Calcutta medical institutions reports 1892-1900
Year: 1892
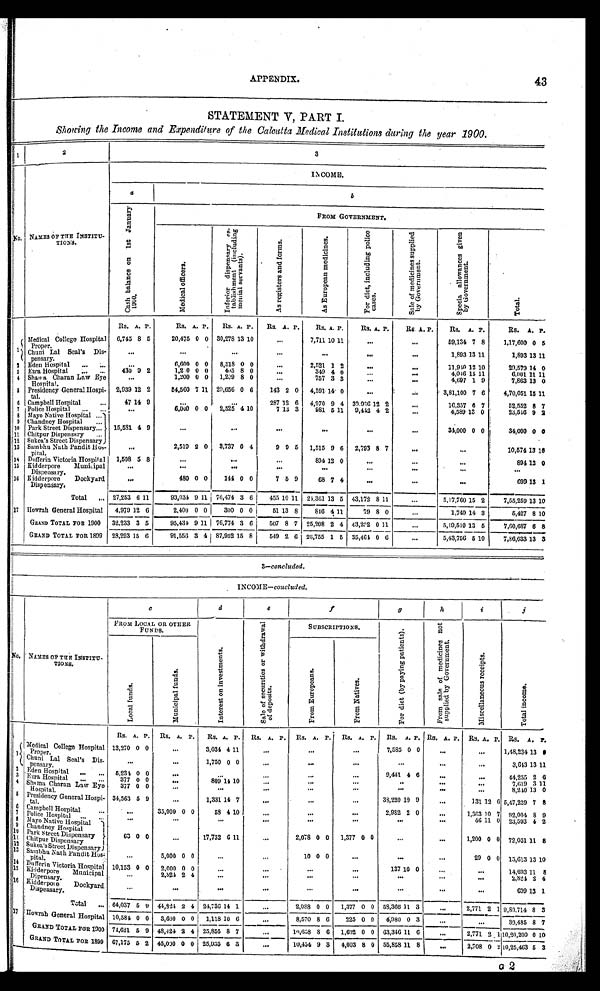
APPENDIX.
43
STATEMENT V, PART I.
Showing the Income and Expenditure of the Calcutta Medical Institutions during the year 1900.
1 2
3
No.
NAMES OF THE INSTITU-
TIONS.
INCOME.
a
b
C a s h b a l a n c e o n 1 s t J a n u a r y 1 9 0 0 .
FROM GOVERNMENT.
M e d i c a l o f f i c e r s .
I n f e r i o r d i s p e n s a r y e s - t a b l i s h m e n t ( i n c l u d i n g m e n t a l s e r v a n t s ) .
A s r e g i s t e r e d a n d f o r m s .
A s E u r o p e a n m e d i c i n e s .
F o r d i c t , i n c l u d i n g p o l i c e c a s e s .
S a l e o f m e d i c i n e s s u p p l i e d b y G o v e r n m e n t .
S p e c i a a l l o w a n c e g i v e n b y G o v e r n m e n t .
Total.
Rs. A. P.
Rs. A. P. Rs. A. P. Rs. A. P. Rs. A. P.
Rs. A. P.
Rs A. P.
Rs. A. P.
Rs. A. P.
1 Medical College Hospital Proper. 6,745 8 5
20,475 0 0 30,278 13 10
...
7,711 10 11
...
...
59,134 7 8
1,17,600 0 5
Chuni Lal Seal's Dis-pensary
...
...
...
...
...
...
...
1,893 13 11
1,893 13 11
2
Eden Hospital
...
6,600 0 0 8,518 0 0
...
2,521 1 2
...
...
11,940 12 10
29,573 14 0
3 Ezra Hospital
430 9 2
1,2 0 0 0
405 8 0
...
349 4 0
...
...
4,046 15 11
6,001 11 11
4 Shama Charan Law Eye Hospital.
...
1,200 0 0 1,209 8 0
...
757 3 3
...
...
4,697 1 9
7,863 13 0
5 Presidency General Hospi-tal. 2,939 12 2
54,560 7 11 29,656 0 6 143 2 0 4,591 14 0
...
...
3,81,100 7 6
4,70,051 15 11
6 Campbell Hospital
47 14 9
...
...
287 12 6 4,970 9 4 30,936 12 2
...
16,357 6 7
52,552 8 7
7 Police Hospital
...
6,000 0 0 2,525 4 10
7 13 3
981 5 11 9,442 4 2
...
4,589 13 0
23,546 9 2
8 Mayo Native Hospital
15,581 4 9
...
...
...
...
...
...
34,000 0 0
34,000 0 0
9 Chandney Hospital
10 Park Street Dispensary
11 Chitpur Dispensary
12 Sukea's Street Dispensary
12
13 Sambhu Nath Pandit Hos-
pital.
...
2,519 2 0 3,737 0 4
9 9 5 1,515 9 6 2,793 8 7
...
...
10,574 13 16
14 Dnfferin Victoria Hospital 1,508 5 8
...
...
...
894 12 0
...
...
...
894 12 0
15 Kidderpore Municipal
Dispensary
...
...
...
...
...
...
...
...
...
16 Kidderpore Dockyard
Dispensary.
...
480 0 0
144 0 0
7 5 9
68 7 4
...
...
...
699 13 1
Total
27,253 6 11
93,034 9 11 76,474 3 6
455 10 11 24,361 13 5 43,172 8 1
...
5,17,760 15 2
7,55,259 13 10
17 Howrah General Hospital 4,979 12 6
2,400 0 0
300 0 0
51 13 8
846 4 11
79 8 0
...
1,749 14 3
5,427 8 10
GRAND TOTAL FOR 1900 32,233 3 5
95,434 9 11 76,774 3 6
507 8 7 25,208 2 4 43,252 0 1
...
5,19,510 13 5
7,60,687 6 8
GRAND TOTAL FOR 1899 28,293 15 6
91,556 3 4 87,952 15 8
549 2 6 26,755 1 5 35,464 0
...
5,43,756 6 10
7,86,033 13 3
3—concluded.
INCOME—concluded.
No.
NAMES OF THE INSTITU-
TIONS.
c
d
e
f
g
h
i
j
FROM LOCAL OR OTHER
FUNDS.
I n t e r e s t o n i n v e s t m e n t s .
S a l e o f s e c u r i t e s o r w i t h d r a w a l o f d e p o s i t s .
SUBSCRIPTIONS.
F o r d i e t ( b y p a y i n g p a t i e n t s . )
F r o m s a l e o f m e d i c i n e s n o t s u p p l i e d b y G o v e r n m e n t .
M i s c e l l a n e a o u s r e c e i p t s .
T o t a l i n c o m e .
L o c a l f u n d s .
M u n i c i p a l f u n d s .
F r o m E u r o p e a n s .
F r o m n a t i v e s .
Rs. A. P. Rs. A. P. Rs. A. P. Rs. A. P. Rs. A. P.
Rs. A. P. Rs. A. P. Rs. A. P. Rs. A. P. Rs. A. P.
1 Medical College Hospital
Proper.
13,270 0 0
...
3,034 4 11.
...
...
...
7,585 0 0
...
...
1,48,234 13 9
Chuni Lal Seal's Dis-pensary.
...
...
1,750 0 0
...
...
...
...
...
...
3,643 13 11
2 Eden Hospital
5,234 0 0
...
...
...
...
...
9,441 4 6
...
...
44,255 2 6
3 Ezra Hospital
377 0 0
...
809 14 10
...
...
...
...
...
...
7,619 3 11
4 Shama Charan Law Eye
Hospital.
377 0 0
...
..
...
...
...
...
...
...
8,240 13 0
5 Presidency General Hospi-
tal.
34,563 6 9
...
1,331 14 7
...
...
...
38,220 10
...
131 12 6 5,47,239 7 8
6 Campbell Hospital
...
35,000 0 0
58 4 1 ...
...
...
2,982 2 0
...
1,363 10 7 92,004 8 9
7
P o l i c e H o s p i t a l
...
...
...
...
...
...
...
...
46 11
23,593 4 2
8 Mayo Native Hospital
63 0 0
...
17,752 6 11
...
2,078 0 0 1,377 0 0
...
...
1,200 0 0 72,051 11 8
9 Chandney Hospital
10 Park Street Dispensary
11 Chitpur Dispensary
12 Sukea's Street Dispensary
13 Sambhu Nath Pandit Hos-.
pital.
...
5,000 0 0
...
...
10 0 0
...
...
... 29 0 0 15,613 1
3 10
14 Dufferin Victoria Hospital 10,153 0 0 2,000 0 0
...
...
...
...
137 10 0
...
...
14,693 11 8
15
Kidderpore Municipal
Dipensary.
...
2,824 2 4
...
...
...
...
...
...
...
2,824 2 4
16 Kidderpore Dockyard
Dispensary.
...
...
...
...
...
...
...
...
...
699 13 1
Total
64,037 5 9 44,824 2 4 24,736 14 1
...
2,088 0 0 1,377 0 0 58,366 11 3 ... 2,771 2 1 9,80,714 8 3
17 Howrah General Hospital 10,584 0 0 3,600 0 0 1,118 10 6
...
8,570 8 6 225 0 0 4,980 0 3
...
...
39,485 8 7
GRAND TOTAL FOR 1900 74,621 5 9 48,424 2 4 25,855 8 7 ...
10,658 8 6 1,692 0 0 63,346 11 0
...
2,771 2 1 10,20,200 0 10
GRAND TOTAL FOR 1899 67,175 5 2 45,000 0 0 25,935 6 3
...
10,454 9 8 4,003 8 0 55,858 11 8
...
2,708 0 2 10,25,463 5 3
a2